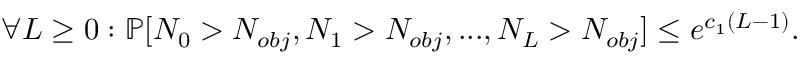
\forall L \ge 0 : \mathbb { P } [ N _ { 0 } > N _ { o b j } , N _ { 1 } > N _ { o b j } , . . . , N _ { L } > N _ { o b j } ] \le e ^ { c _ { 1 } ( L - 1 ) } .